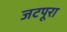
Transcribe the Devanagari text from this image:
जटपूरा